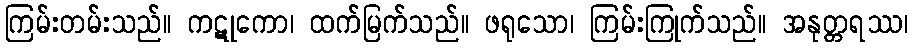
ကြမ်းတမ်းသည်။ ကဋုကော၊ ထက်မြက်သည်။ ဖရုသော၊ ကြမ်းကြုက်သည်။ အနုတ္တရဿ၊